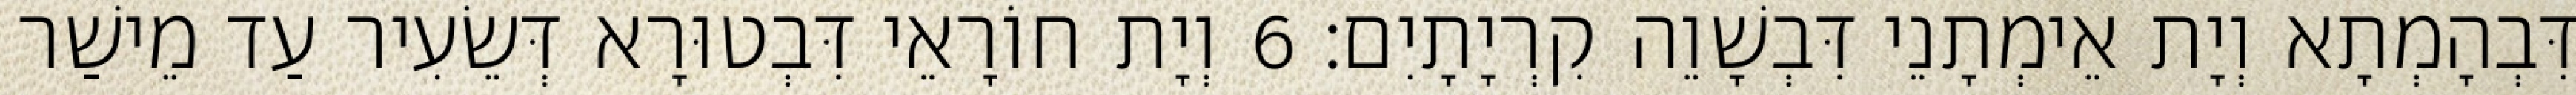
דִּבְהָמְתָא וְיָת אֵימְתָנֵי דִּבְשָׁוֵה קִרְיָתָיִם׃ 6 וְיָת חוֹרָאֵי דִּבְטוּרָא דְּשֵׂעִיר עַד מֵישַׁר